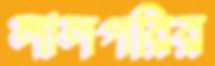
লালপরির